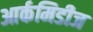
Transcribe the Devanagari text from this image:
आर्कमिडीज